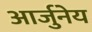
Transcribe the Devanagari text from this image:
आर्जुनेय